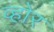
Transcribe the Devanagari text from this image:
व्होर